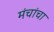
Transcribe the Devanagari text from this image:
मंचांचा